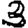
Digit: 3